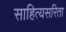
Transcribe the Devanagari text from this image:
साहित्यसरिता